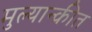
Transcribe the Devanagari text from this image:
मुल्यान्कीत